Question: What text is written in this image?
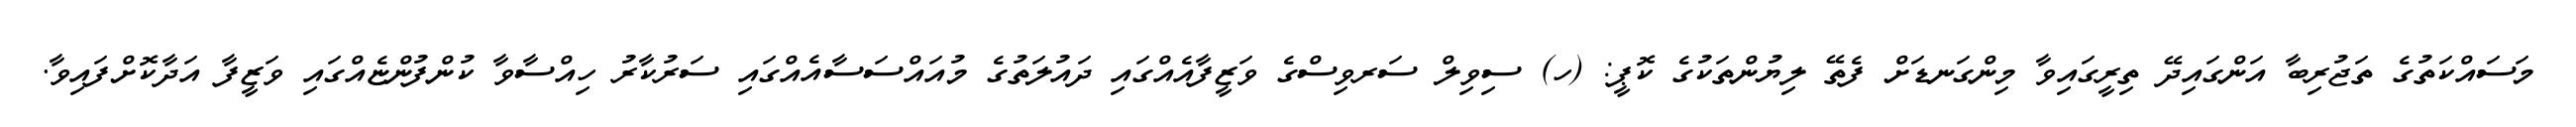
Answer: މަސައްކަތުގެ ތަޖުރިބާ އަންގައިދޭ ތިރީގައިވާ މިންގަނޑަށް ފެތޭ ލިޔުންތަކުގެ ކޮޕީ: (ހ) ސިވިލް ސަރވިސްގެ ވަޒީފާއެއްގައި ދައުލަތުގެ މުއައްސަސާއެއްގައި ސަރުކާރު ހިއްސާވާ ކުންފުންޏެއްގައި ވަޒީފާ އަދާކޮށްފައިވާ.